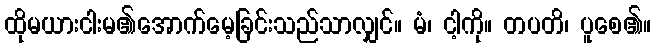
ထိုမယားငါးမ၏အောက်မေ့ခြင်းသည်သာလျှင်။ မံ၊ ငါ့ကို။ တပတိ၊ ပူစေ၏။